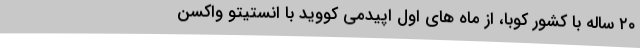
۲۰ ساله با کشور کوبا، از ماه های اول اپیدمی کووید با انستیتو واکسن